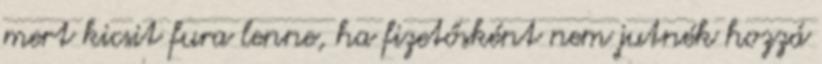
mert kicsit fura lenne, ha fizetősként nem jutnék hozzá